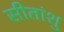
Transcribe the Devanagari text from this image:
सीतांशु